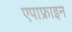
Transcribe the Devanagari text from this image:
एपाफ्राइन